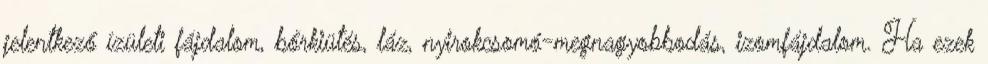
jelentkező ízületi fájdalom, bőrkiütés, láz, nyirokcsomó-megnagyobbodás, izomfájdalom. Ha ezek